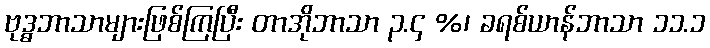
ဗုဒ္ဓဘာသာများဖြစ်ကြပြီး တာအိုဘာသာ ၃.၄ %၊ ခရစ်ယာန်ဘာသာ ၁၁.၁